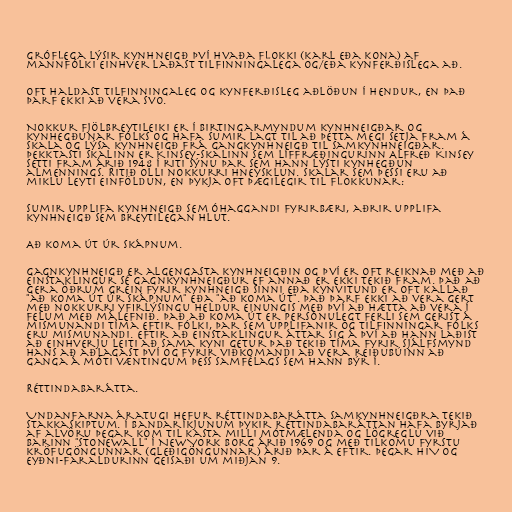
Gróflega lýsir kynhneigð því hvaða flokki (karl eða kona) af
mannfólki einhver laðast tilfinningalega og/eða kynferðislega að.

Oft haldast tilfinningaleg og kynferðisleg aðlöðun í hendur, en það
þarf ekki að vera svo.

Nokkur fjölbreytileiki er í birtingarmyndum kynhneigðar og
kynhegðunar fólks og hafa sumir lagt til að þetta megi setja fram á
skala og lýsa kynhneigð frá gangkynhneigð til samkynhneigðar.
Þekktasti skalinn er Kinsey-skalinn sem líffræðingurinn Alfreð Kinsey
setti fram árið 1948 í riti sýnu þar sem hann lýsti kynhegðun
almennings. Ritið olli nokkurri hneysklun. Skalar sem þessi eru að
miklu leyti einföldun, en þykja oft þægilegir til flokkunar:

Sumir upplifa kynhneigð sem óhaggandi fyrirbæri, aðrir upplifa
kynhneigð sem breytilegan hlut.

Að koma út úr skápnum.

Gagnkynhneigð er algengasta kynhneigðin og því er oft reiknað með að
einstaklingur sé gagnkynhneigður ef annað er ekki tekið fram. Það að
gera öðrum grein fyrir kynhneigð sinni eða kynvitund er oft kallað
"að koma út úr skápnum" eða "að koma út". Það þarf ekki að vera gert
með nokkurri yfirlýsingu heldur einungis með því að hætta að vera í
felum með málefnið. Það að koma út er persónulegt ferli sem gerist á
mismunandi tíma eftir fólki, þar sem upplifanir og tilfinningar fólks
eru mismunandi. Eftir að einstaklingur áttar sig á því að hann laðist
að einhverju leiti að sama kyni getur það tekið tíma fyrir sjálfsmynd
hans að aðlagast því og fyrir viðkomandi að vera reiðubúinn að
ganga á móti væntingum þess samfélags sem hann býr í.

Réttindabarátta.

Undanfarna áratugi hefur réttindabarátta samkynhneigðra tekið
stakkaskiptum. Í Bandaríkjunum þykir réttindabaráttan hafa byrjað
af alvöru þegar kom til kasta milli mótmælenda og lögreglu við
barinn "Stonewall" í New York borg árið 1969 og með tilkomu fyrstu
kröfugöngunnar (gleðigöngunnar) árið þar á eftir. Þegar HIV og
eyðni-faraldurinn geisaði um miðjan 9.